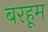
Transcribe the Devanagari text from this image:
बरहूम